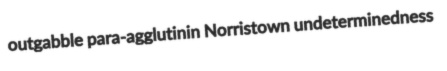
outgabble para-agglutinin Norristown undeterminedness